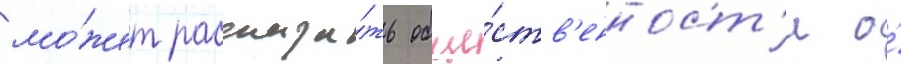
мо́жет рассказа́ть обще́ств'енност'и о́